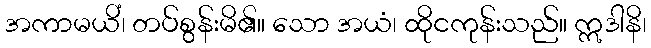
အကာမယိံ၊ တပ်စွန်းမိ၏။ သော အယံ၊ ထိုငကုန်းသည်။ ဣဒါနိ၊